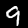
Label: 9